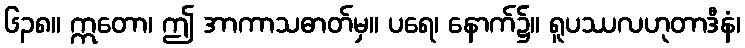
၆၃၈။ ဣတော၊ ဤ အာကာသဓာတ်မှ။ ပရေ၊ နောက်၌။ ရူပဿလဟုတာဒီနံ၊